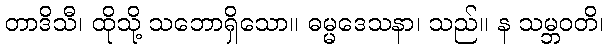
တာဒိသီ၊ ထိုသို့ သဘောရှိသော။ ဓမ္မဒေသနာ၊ သည်။ န သမ္ဘဝတိ၊